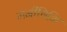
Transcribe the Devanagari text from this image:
मनीषिभि